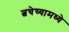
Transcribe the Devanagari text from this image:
त्वचेच्यामध्ये